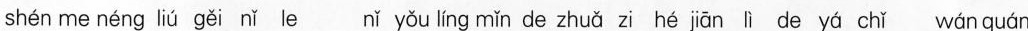
shén me néng liú gěi nǐ le nǐ yǒu líng mǐn de zhuǎ zi hé jiān lì de yá chǐ wán quán